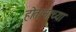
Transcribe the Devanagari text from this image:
होतानाच्या